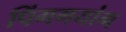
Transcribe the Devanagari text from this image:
पिंगगयांग